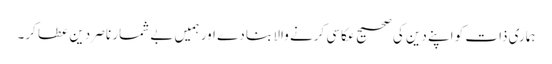
ہماری ذات کو اپنے دین کی صحیح عکاسی کرنے والا بنا دے اور ہمیں بے شمار ناصر دین عطا کر۔